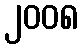
၂၀၀၈